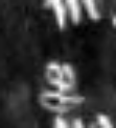
per